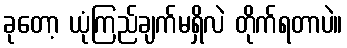
ခုတော့ ယုံကြည်ချက်မရှိလဲ တိုက်ရတာပဲ။